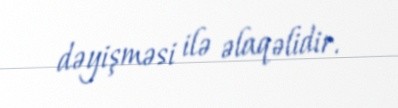
dəyişməsi ilə əlaqəlidir.